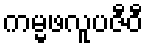
ကမ္မဖလူပဇီဝီ